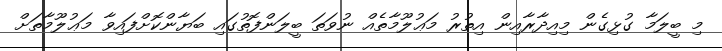
މި ބީލަމާ ގުޅިގެން މިއިދާރާއިން އިތުރު މަޢުލޫމާތެއް ނުވަތަ ބީލަންފޮތުގައި ބަޔާންކޮށްފައިވާ މަޢުލޫމާތަށް